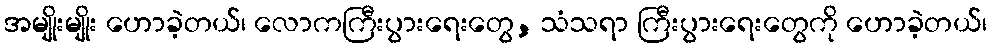
အမျိုးမျိုး ဟောခဲ့တယ်၊ လောကကြီးပွားရေးတွေ, သံသရာ ကြီးပွားရေးတွေကို ဟောခဲ့တယ်၊